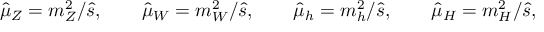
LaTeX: \hat { \mu } _ { Z } = m _ { Z } ^ { 2 } / \hat { s } , \qquad \hat { \mu } _ { W } = m _ { W } ^ { 2 } / \hat { s } , \qquad \hat { \mu } _ { h } = m _ { h } ^ { 2 } / \hat { s } , \qquad \hat { \mu } _ { H } = m _ { H } ^ { 2 } / \hat { s } ,